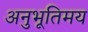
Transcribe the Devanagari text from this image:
अनुभूतिमय